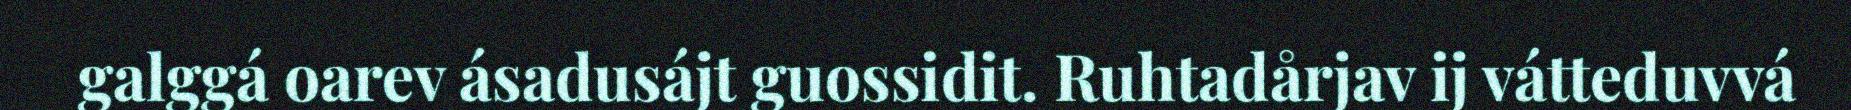
galggá oarev ásadusájt guossidit. Ruhtadårjav ij vátteduvvá